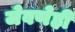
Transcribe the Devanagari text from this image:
जेवणेही